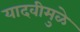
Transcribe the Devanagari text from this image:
यादवीमुळे